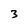
Character: 3